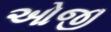
ઓજી